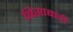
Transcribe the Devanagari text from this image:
बिसाबाडी